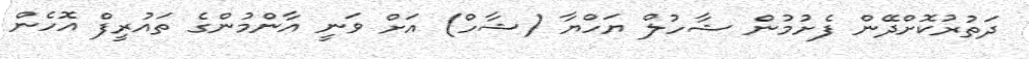
ދަތުރުކޮށްދޭން ފެށުމުން ޝާހުލް ޔަހްޔާ (ޝާހް) އަށް ވަނީ އާންމުންގެ ތައުރީފް އޮހެން